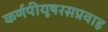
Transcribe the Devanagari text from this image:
कर्णपीयूषरसप्रवाह